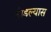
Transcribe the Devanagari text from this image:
तोडल्यास